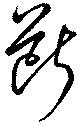
断